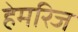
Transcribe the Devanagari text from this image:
हेमरिज